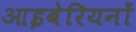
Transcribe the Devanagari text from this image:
आइबेरियनों